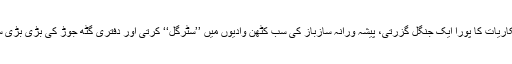
ورکرز‘‘ کی رقابتیں جھیلتی، شکاریات کا پورا ایک جنگل گزرتی، پیشہ ورانہ سازباز کی سب کٹھن وادیوں میں ’’سٹرگل‘‘ کرتی اور دفتری گٹھ جوڑ کی بڑی بڑی سیڑھیاں آتےجاتے پھلانگتی ہے۔